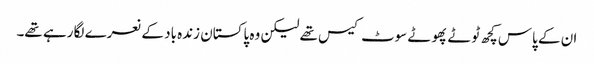
ان کے پاس کچھ ٹوٹے پھوٹے سوٹ کیس تھے لیکن وہ پاکستان زندہ باد کے نعرے لگا رہے تھے۔